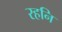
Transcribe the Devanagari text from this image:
रहनि